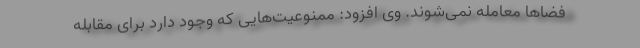
فضاها معامله نمی‌شوند. وی افزود: ممنوعیت‌هایی که وجود دارد برای مقابله